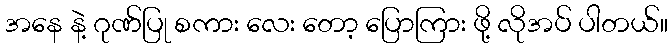
အနေ နဲ့ ဂုဏ်ပြု စကား လေး တော့ ပြောကြား ဖို့ လိုအပ် ပါတယ်။